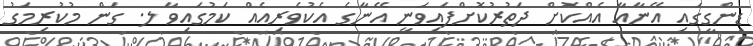
ޑިންގީގައި އޭނާއާ އެއްކޮށް ދަތުރުކޮށްފައިވަނީ އޭނާގެ އެކުވެރިއެއް ކަމުގައިވާ ލ. ގަން މުކުރިމަގު